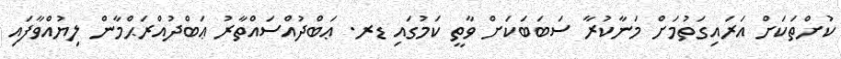
ކުށްތަކަށް އަރައިގަތުމަށް މަނާކުރާ ސަބަބަކަށް ވާތީ ކަމުގައި ޑރ. ޢަބްދުއްސައްތާރު ޢަބްދުއްރަޙްމާން ލިޔުއްވާފައި